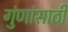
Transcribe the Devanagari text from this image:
गुंणांसाठी